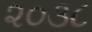
૨૦૩૮